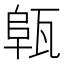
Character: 𤭟